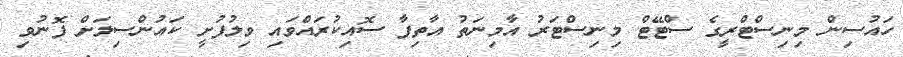
ހައުސިން މިނިސްޓްރީގެ ސްޓޭޓް މިނިސްޓަރު އާމިނަތު އާތިފާ ސޮއިކުރައްވައި ވިލުފުށީ ކައުންސިލަށް ފޮނުވި